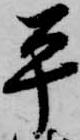
平